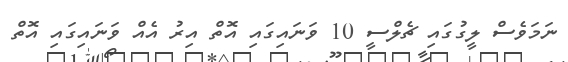
ނަމަވެސް ލީގުގައި ޗެލްސީ 10 ވަނައިގައި އޮތް އިރު އެއް ވަނައިގައި އޮތް